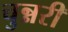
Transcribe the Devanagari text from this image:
चुन्नरी